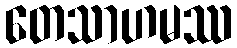
တေသာဟမဿ